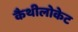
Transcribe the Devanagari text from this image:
कैथीलोकेट